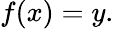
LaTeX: \displaystyle f(x)=y.